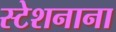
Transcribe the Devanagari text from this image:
स्टेशनाना